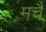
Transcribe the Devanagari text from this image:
मचै